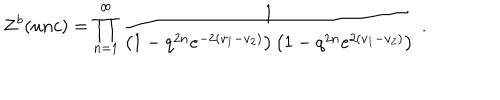
Z ^ { b } ( u n c ) = \prod _ { n = 1 } ^ { \infty } \frac 1 { \left( 1 - q ^ { 2 n } e ^ { - 2 ( v _ { 1 } - v _ { 2 } ) } \right) \left( 1 - q ^ { 2 n } e ^ { 2 ( v _ { 1 } - v _ { 2 } ) } \right) } \; .